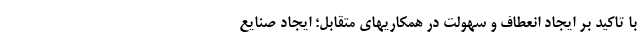
با تاکید بر ایجاد انعطاف و سهولت در همکاریهای متقابل؛ ایجاد صنایع